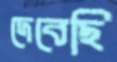
দেবেছি